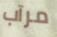
مرآب